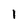
Character: 1